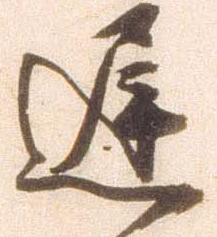
遅